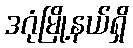
ဒဂုံမြို့နယ်ရှိ